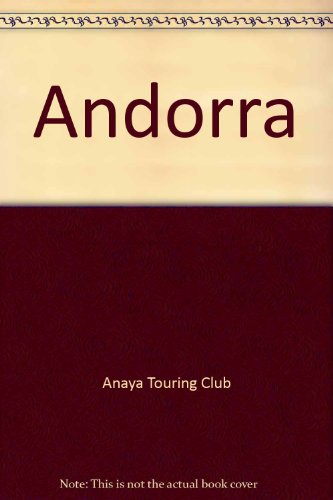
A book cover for Andorra (Spanish Edition); Anaya Touring Club; Travel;